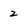
Character: 2